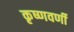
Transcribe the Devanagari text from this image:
कृष्णवर्णी